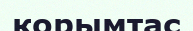
қорымтас